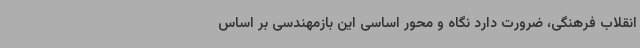
انقلاب فرهنگی، ضرورت دارد نگاه و محور اساسی این بازمهندسی بر اساس